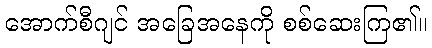
အောက်စီဂျင် အခြေအနေကို စစ်ဆေးကြ၏။